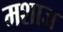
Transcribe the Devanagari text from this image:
मशाज